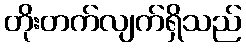
တိုးတက်လျက်ရှိသည်